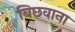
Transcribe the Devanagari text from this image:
बिछवाना